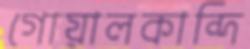
গোয়ালকান্দি